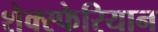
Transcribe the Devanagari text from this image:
शेक्स्फेरियान